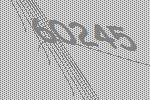
60245